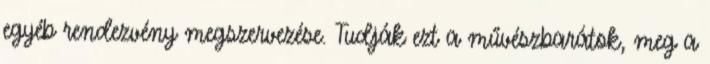
egyéb rendezvény megszervezése. Tudják ezt a művészbarátok, meg a